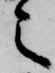
之